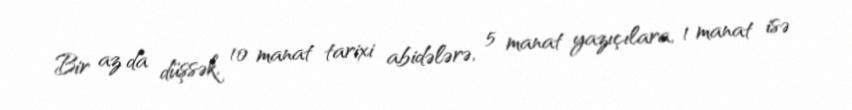
Bir az da düşsək, 10 manat tarixi abidələrə, 5 manat yazıçılara, 1 manat isə